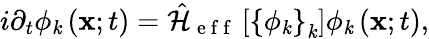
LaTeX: i\partial_{t}\phi_{\mathit{k}}\left({\mathbf{x}};t\right)=\hat{{\mathcal{{H}}}}_{\mathrm{{~e~f~f~}}}\left[\left\{ \phi_{\mathit{k}}\right\} _{\mathit{k}}\right]\phi_{\mathit{k}}\left({\mathbf{x}};t\right),